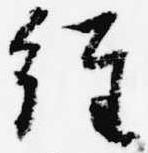
経